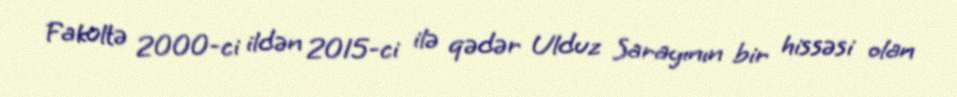
Fakültə 2000-ci ildən 2015-ci ilə qədər Ulduz Sarayının bir hissəsi olan